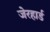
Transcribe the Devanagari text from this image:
जेरहार्ड